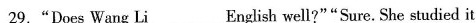
29."Does Wang Li___English well?""Sure. She studied it